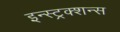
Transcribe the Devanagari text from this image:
इन्स्ट्रक्शन्स